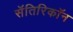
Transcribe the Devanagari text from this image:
सॅतिरिकॉन